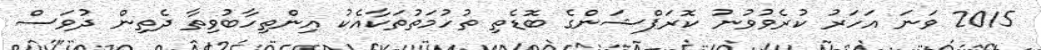
2015 ވަނަ އަހަރު ކުރެވުވުނު ކޮރަޕްޝަންގެ ބޮޑެތި ތުހުމަތުތަކާއެކު އިންތިހާބުވިތާ ދެތިން ދުވަސް